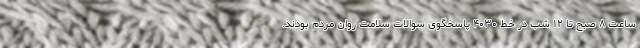
ساعت ۸ صبح تا ۱۲ شب در خط ۴۰۳۰ پاسخگوی سوالات سلامت روان مردم بودند.